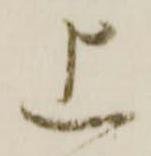
上